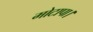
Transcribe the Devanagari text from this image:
मोटापा।